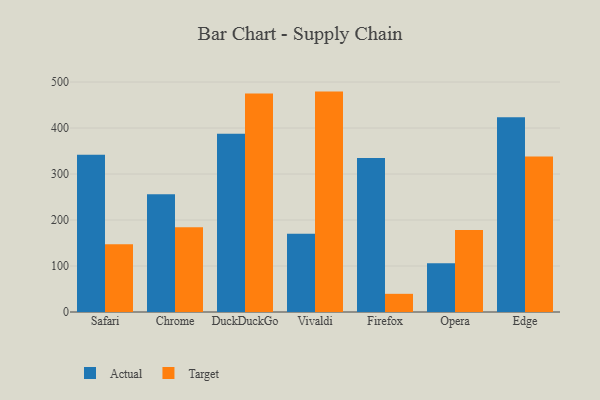
{"axis": {"x": "Browser", "y": "Gross Profit (USD K)"}, "legend": ["Actual", "Target"], "data": [{"x": "Safari", "y": 341.9, "type": "Actual"}, {"x": "Safari", "y": 147.1, "type": "Target"}, {"x": "Chrome", "y": 255.8, "type": "Actual"}, {"x": "Chrome", "y": 184.1, "type": "Target"}, {"x": "DuckDuckGo", "y": 387.7, "type": "Actual"}, {"x": "DuckDuckGo", "y": 474.9, "type": "Target"}, {"x": "Vivaldi", "y": 169.9, "type": "Actual"}, {"x": "Vivaldi", "y": 479.2, "type": "Target"}, {"x": "Firefox", "y": 335.0, "type": "Actual"}, {"x": "Firefox", "y": 39.5, "type": "Target"}, {"x": "Opera", "y": 105.9, "type": "Actual"}, {"x": "Opera", "y": 178.3, "type": "Target"}, {"x": "Edge", "y": 423.3, "type": "Actual"}, {"x": "Edge", "y": 338.3, "type": "Target"}]}